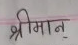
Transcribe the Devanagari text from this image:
श्रीमान्